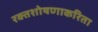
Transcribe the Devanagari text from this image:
रक्तशोषणाकरिता